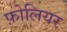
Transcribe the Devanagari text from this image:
फ़ोलियर